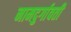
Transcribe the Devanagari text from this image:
नामदुर्गावती